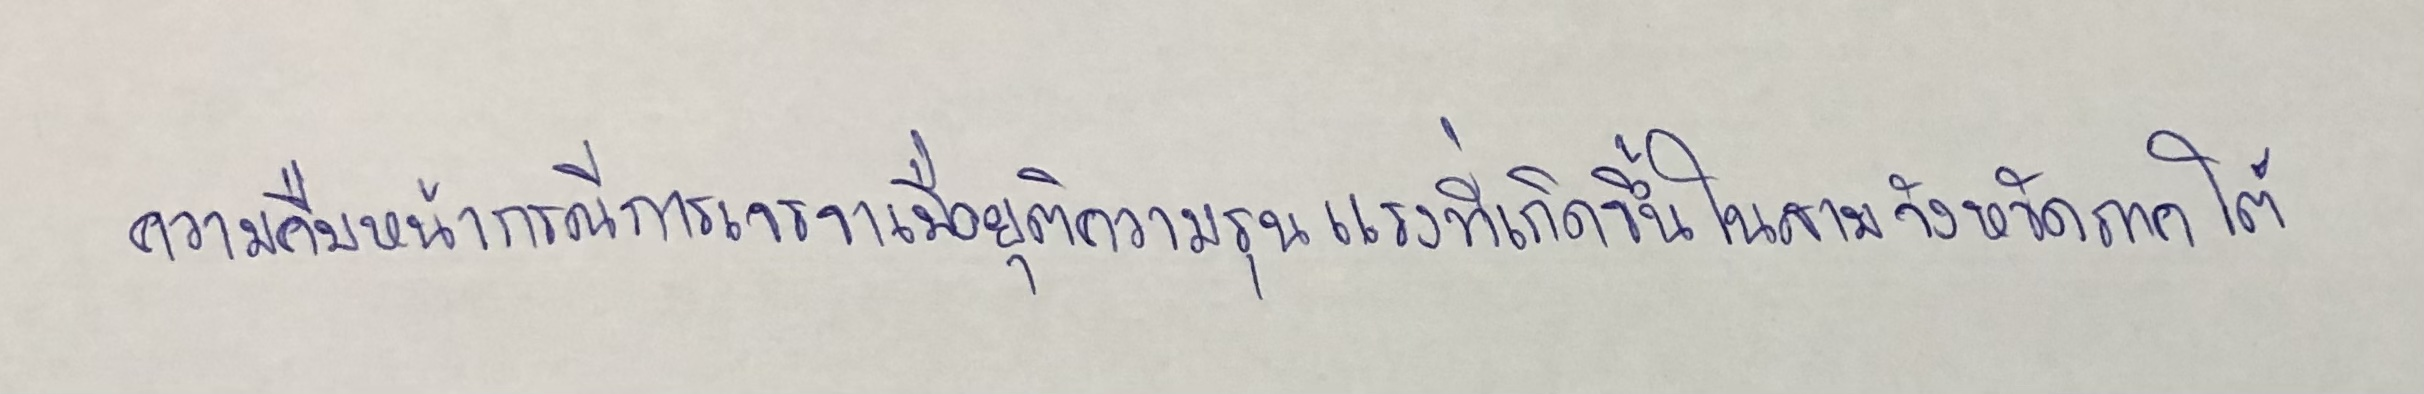
ความคืบหน้ากรณีการเจรจาเพื่อยุติความรุนแรงที่เกิดขึ้นในสามจังหวัดภาคใต้